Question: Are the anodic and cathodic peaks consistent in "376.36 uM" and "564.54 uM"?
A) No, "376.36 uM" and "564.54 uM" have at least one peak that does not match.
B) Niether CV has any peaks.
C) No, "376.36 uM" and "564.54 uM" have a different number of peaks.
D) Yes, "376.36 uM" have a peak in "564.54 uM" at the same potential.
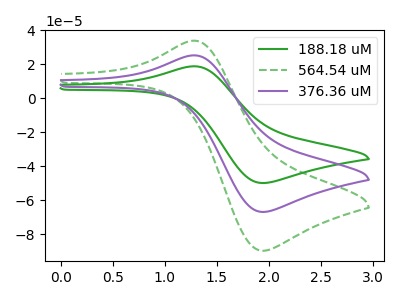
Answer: <think>The green curve "188.18 uM" has an anodic peak at (1.30V, 18.85uA) and a cathodic peak at (1.95V, -49.90uA). The green dashed curve "564.54 uM" has an anodic peak at (1.30V, 50.60uA) and a cathodic peak at (1.95V, -133.90uA). The purple curve "376.36 uM" has an anodic peak at (1.30V, 25.30uA) and a cathodic peak at (1.95V, -66.95uA).</think>
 <answer>D) Yes, "376.36 uM" have a peak in "564.54 uM" at the same potential.</answer>
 <eval>D</eval>